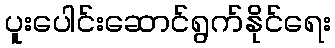
ပူးပေါင်းဆောင်ရွက်နိုင်ရေး